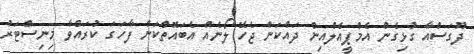
ދޫގަސްއާ ގުޅިގެން އެމްޕީއެލްއިން ދައްކަން ޖެހޭ ލޯނެއް އެބައޮތްކަން ފާހަގަ ކުރައްވާ މިނިސްޓަރު